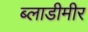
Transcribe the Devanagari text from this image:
ब्लाडीमीर